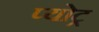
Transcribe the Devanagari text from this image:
प्योट्र